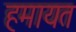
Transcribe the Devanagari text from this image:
हमायत